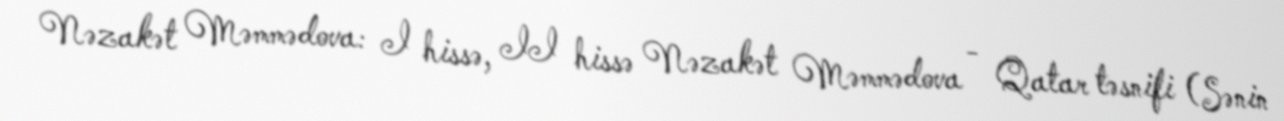
Nəzakət Məmmədova: I hissə, II hissə Nəzakət Məmmədova - Qatar təsnifi (Sənin